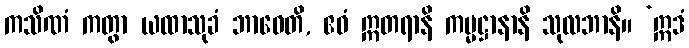
ကသိဏံ ကတွာ ယထာသုခံ ဘာဝေတိ, ဧဝံ ဣတရာနိ ကမ္မဋ္ဌာနာနိ သုလဘာနိ။ ‘ဣဒံ